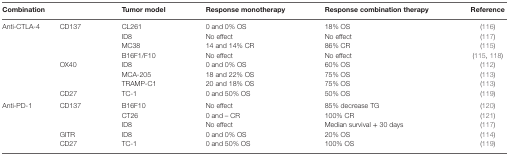
<table><thead><tr><td colspan="2"><b>Combination</b></td><td><b>Tumor model</b></td><td><b>Response monotherapy</b></td><td><b>Response combination therapy</b></td><td><b>Reference</b></td></tr></thead><tbody><tr><td rowspan="8">Anti-CTLA-4</td><td rowspan="4">CD137</td><td>CL261</td><td>0 and 0% OS</td><td>18% OS</td><td>(116)</td></tr><tr><td>ID8</td><td>No effect</td><td>No effect</td><td>(117)</td></tr><tr><td>MC38</td><td>14 and 14% CR</td><td>86% CR</td><td>(115)</td></tr><tr><td>B16F1/F10</td><td>No effect</td><td>No effect</td><td>(115, 118)</td></tr><tr><td rowspan="3">OX40</td><td>ID8</td><td>0 and 0% OS</td><td>60% OS</td><td>(112)</td></tr><tr><td>MCA-205</td><td>18 and 22% OS</td><td>75% OS</td><td>(113)</td></tr><tr><td>TRAMP-C1</td><td>20 and 18% OS</td><td>75% OS</td><td>(113)</td></tr><tr><td>CD27</td><td>TC-1</td><td>0 and 50% OS</td><td>50% OS</td><td>(119)</td></tr><tr><td rowspan="5">Anti-PD-1</td><td rowspan="3">CD137</td><td>B16F10</td><td>No effect</td><td>85% decrease TG</td><td>(120)</td></tr><tr><td>CT26</td><td>0 and – CR</td><td>100% CR</td><td>(121)</td></tr><tr><td>ID8</td><td>No effect</td><td>Median survival + 30 days</td><td>(117)</td></tr><tr><td>GITR</td><td>ID8</td><td>0 and 0% OS</td><td>20% OS</td><td>(114)</td></tr><tr><td>CD27</td><td>TC-1</td><td>0 and 50% OS</td><td>100% OS</td><td>(119)</td></tr></tbody></table>